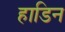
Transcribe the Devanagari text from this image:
हाडिन